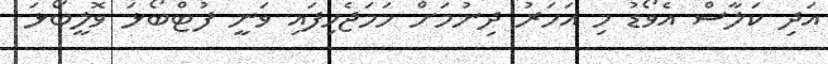
އަދި ކަލާސް އެވޯޑު މި އަހަރު ދިނުމަށް ހަމަޖެހިފައި ވަނީ ފުޓްބޯޅަ ވޮލީބޯޅަ